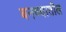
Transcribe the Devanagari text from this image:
बनण्यातील